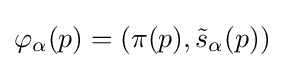
\varphi _{\alpha }(p)=(\pi (p),{\tilde {s}}_{\alpha }(p))